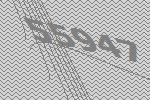
55947